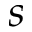
s